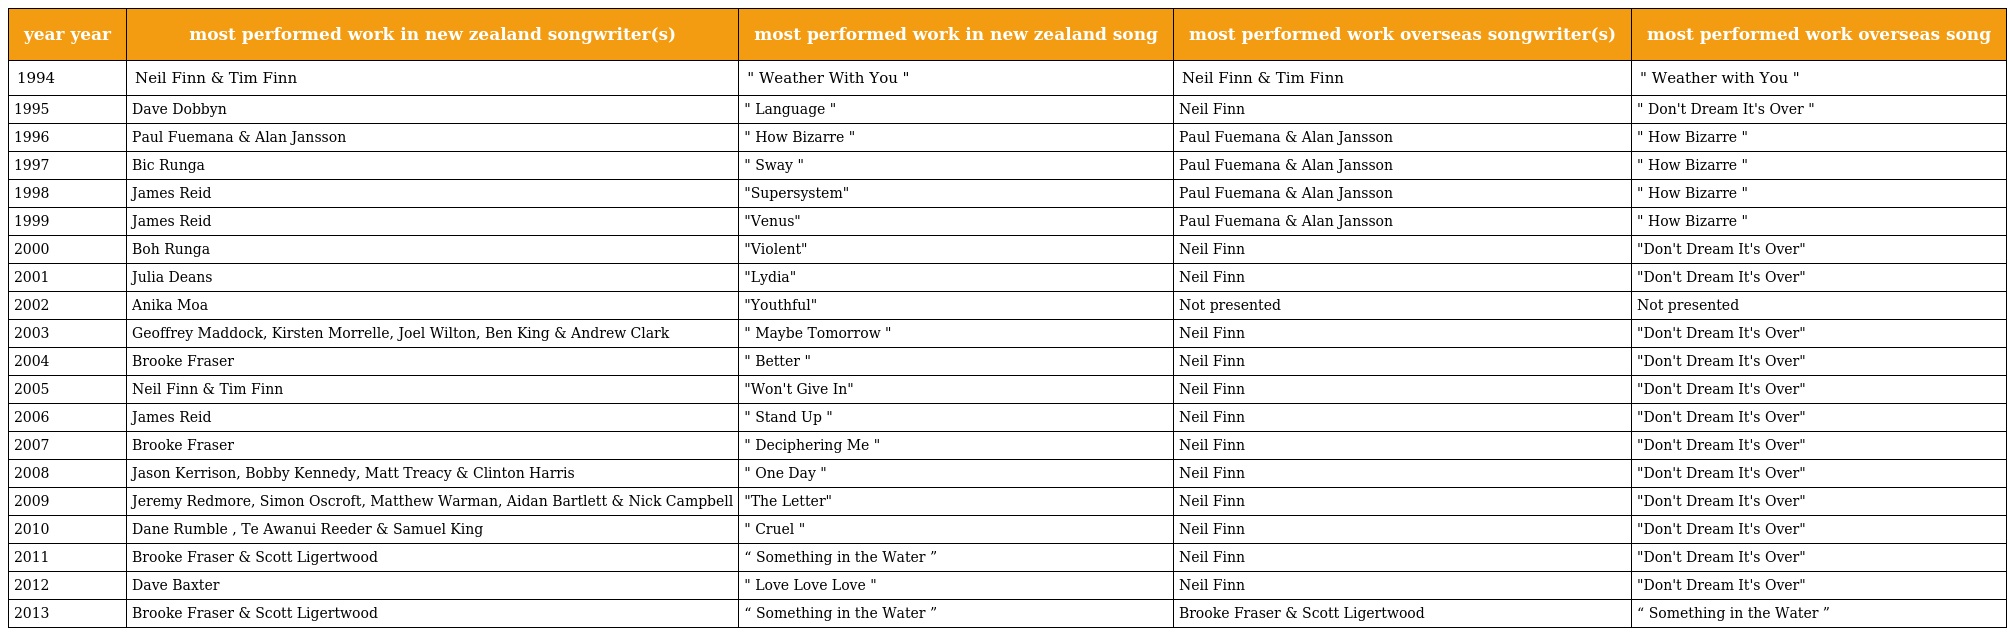
| year year | most performed work in new zealand songwriter(s) | most performed work in new zealand song | most performed work overseas songwriter(s) | most performed work overseas song |
 | --- | --- | --- | --- | --- |
 | 1994 | Neil Finn & Tim Finn | " Weather With You " | Neil Finn & Tim Finn | " Weather with You " |
 | 1995 | Dave Dobbyn | " Language " | Neil Finn | " Don't Dream It's Over " |
 | 1996 | Paul Fuemana & Alan Jansson | " How Bizarre " | Paul Fuemana & Alan Jansson | " How Bizarre " |
 | 1997 | Bic Runga | " Sway " | Paul Fuemana & Alan Jansson | " How Bizarre " |
 | 1998 | James Reid | "Supersystem" | Paul Fuemana & Alan Jansson | " How Bizarre " |
 | 1999 | James Reid | "Venus" | Paul Fuemana & Alan Jansson | " How Bizarre " |
 | 2000 | Boh Runga | "Violent" | Neil Finn | "Don't Dream It's Over" |
 | 2001 | Julia Deans | "Lydia" | Neil Finn | "Don't Dream It's Over" |
 | 2002 | Anika Moa | "Youthful" | Not presented | Not presented |
 | 2003 | Geoffrey Maddock, Kirsten Morrelle, Joel Wilton, Ben King & Andrew Clark | " Maybe Tomorrow " | Neil Finn | "Don't Dream It's Over" |
 | 2004 | Brooke Fraser | " Better " | Neil Finn | "Don't Dream It's Over" |
 | 2005 | Neil Finn & Tim Finn | "Won't Give In" | Neil Finn | "Don't Dream It's Over" |
 | 2006 | James Reid | " Stand Up " | Neil Finn | "Don't Dream It's Over" |
 | 2007 | Brooke Fraser | " Deciphering Me " | Neil Finn | "Don't Dream It's Over" |
 | 2008 | Jason Kerrison, Bobby Kennedy, Matt Treacy & Clinton Harris | " One Day " | Neil Finn | "Don't Dream It's Over" |
 | 2009 | Jeremy Redmore, Simon Oscroft, Matthew Warman, Aidan Bartlett & Nick Campbell | "The Letter" | Neil Finn | "Don't Dream It's Over" |
 | 2010 | Dane Rumble , Te Awanui Reeder & Samuel King | " Cruel " | Neil Finn | "Don't Dream It's Over" |
 | 2011 | Brooke Fraser & Scott Ligertwood | “ Something in the Water ” | Neil Finn | "Don't Dream It's Over" |
 | 2012 | Dave Baxter | " Love Love Love " | Neil Finn | "Don't Dream It's Over" |
 | 2013 | Brooke Fraser & Scott Ligertwood | “ Something in the Water ” | Brooke Fraser & Scott Ligertwood | “ Something in the Water ” |